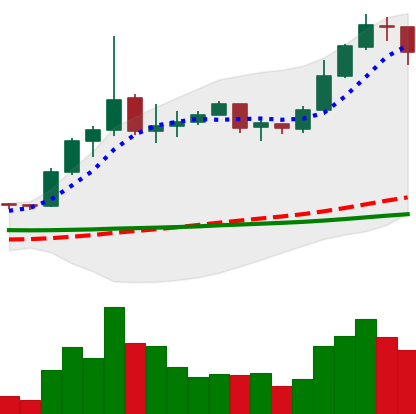
Ticker: ETC-USD
Chart end date: 2020-01-31
Forward return: 9.178%
Label: up_7plus